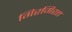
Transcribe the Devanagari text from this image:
गिरगिरत